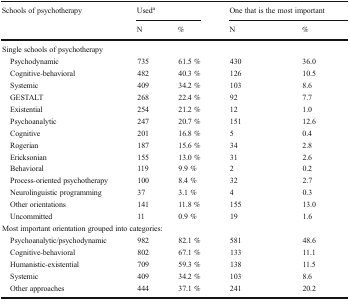
<table><thead><tr><td rowspan="2"><b>Schools of psychotherapy</b></td><td colspan="2"><b>Used<sup>a</sup></b></td><td colspan="2"><b>One that is the most important</b></td></tr><tr><td><b>N</b></td><td><b>%</b></td><td><b>N</b></td><td><b>%</b></td></tr></thead><tbody><tr><td colspan="5">Single schools of psychotherapy</td></tr><tr><td> Psychodynamic</td><td>735</td><td>61.5 %</td><td>430</td><td>36.0</td></tr><tr><td> Cognitive-behavioral</td><td>482</td><td>40.3 %</td><td>126</td><td>10.5</td></tr><tr><td> Systemic</td><td>409</td><td>34.2 %</td><td>103</td><td>8.6</td></tr><tr><td> GESTALT</td><td>268</td><td>22.4 %</td><td>92</td><td>7.7</td></tr><tr><td> Existential</td><td>254</td><td>21.2 %</td><td>12</td><td>1.0</td></tr><tr><td> Psychoanalytic</td><td>247</td><td>20.7 %</td><td>151</td><td>12.6</td></tr><tr><td> Cognitive</td><td>201</td><td>16.8 %</td><td>5</td><td>0.4</td></tr><tr><td> Rogerian</td><td>187</td><td>15.6 %</td><td>34</td><td>2.8</td></tr><tr><td> Ericksonian</td><td>155</td><td>13.0 %</td><td>31</td><td>2.6</td></tr><tr><td> Behavioral</td><td>119</td><td>9.9 %</td><td>2</td><td>0.2</td></tr><tr><td> Process-oriented psychotherapy</td><td>100</td><td>8.4 %</td><td>32</td><td>2.7</td></tr><tr><td> Neurolinguistic programming</td><td>37</td><td>3.1 %</td><td>4</td><td>0.3</td></tr><tr><td> Other orientations</td><td>141</td><td>11.8 %</td><td>155</td><td>13.0</td></tr><tr><td> Uncommitted</td><td>11</td><td>0.9 %</td><td>19</td><td>1.6</td></tr><tr><td colspan="5">Most important orientation grouped into categories:</td></tr><tr><td> Psychoanalytic/psychodynamic</td><td>982</td><td>82.1 %</td><td>581</td><td>48.6</td></tr><tr><td> Cognitive-behavioral</td><td>802</td><td>67.1 %</td><td>133</td><td>11.1</td></tr><tr><td> Humanistic-existential</td><td>709</td><td>59.3 %</td><td>138</td><td>11.5</td></tr><tr><td> Systemic</td><td>409</td><td>34.2 %</td><td>103</td><td>8.6</td></tr><tr><td> Other approaches</td><td>444</td><td>37.1 %</td><td>241</td><td>20.2</td></tr></tbody></table>